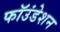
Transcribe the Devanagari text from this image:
फॉउंडेशन